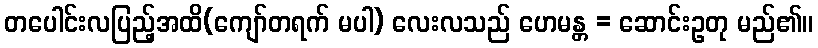
တပေါင်းလပြည့်အထိ(ကျော်တရက် မပါ) လေးလသည် ဟေမန္တ = ဆောင်းဥတု မည်၏။